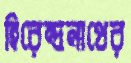
হিরেন্দ্রনাথের